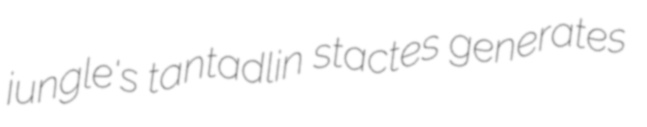
jungle's tantadlin stactes generates